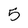
Character: 5